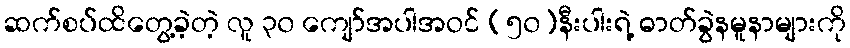
ဆက်စပ်ထိတွေ့ခဲ့တဲ့ လူ ၃၀ ကျော်အပါအဝင် (၅၀)နီးပါးရဲ့ ဓာတ်ခွဲနမူနာများကို